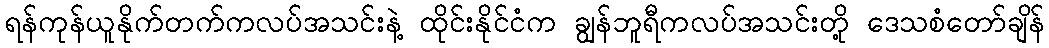
ရန်ကုန်ယူနိုက်တက်ကလပ်အသင်းနဲ့ ထိုင်းနိုင်ငံက ချွန်ဘူရီကလပ်အသင်းတို့ ဒေသစံတော်ချိန်